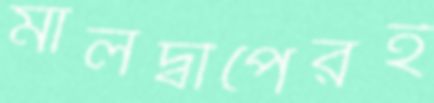
মালদ্বীপেরই